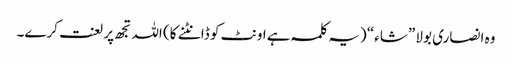
وہ انصاری بولا ”شاء“ (یہ کلمہ ہے اونٹ کو ڈانٹنے کا) اللہ تجھ پر لعنت کرے۔